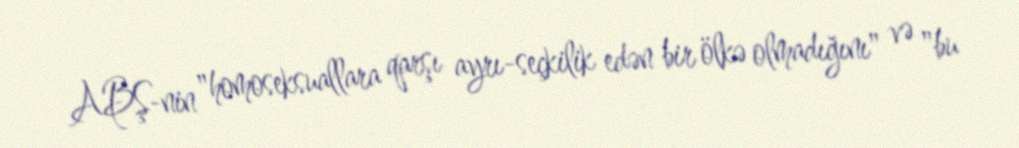
ABŞ-nin "homoseksuallara qarşı ayrı-seçkilik edən bir ölkə olmadığını" və "bu